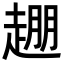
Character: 𬦒